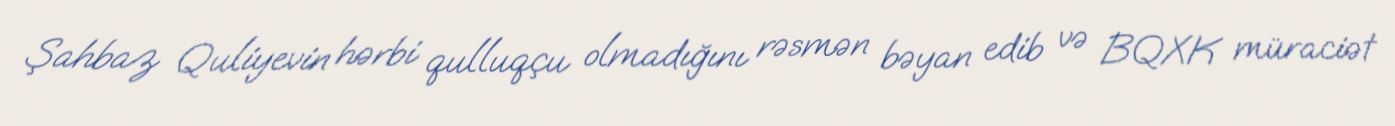
Şahbaz Quliyevin hərbi qulluqçu olmadığını rəsmən bəyan edib və BQXK müraciət